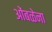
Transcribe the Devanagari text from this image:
ओंबळेना